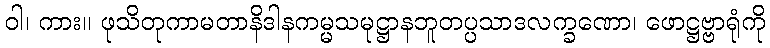
ဝါ၊ ကား။ ဖုသိတုကာမတာနိဒါနကမ္မသမုဋ္ဌာနဘူတပ္ပသာဒလက္ခဏော၊ ဖောဋ္ဌဗ္ဗာရုံကို